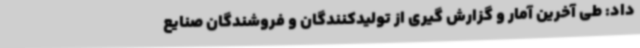
داد: طی آخرین آمار و گزارش گیری از تولیدکنندگان و فروشندگان صنایع